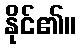
နိုင်၏။